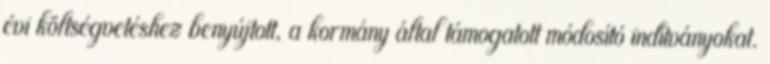
évi költségvetéshez benyújtott, a kormány által támogatott módosító indítványokat.